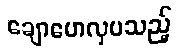
ချောမောလှပသည့်